65_HS1-834228961_62-HQ-83894_Serial_164
Agency: FBI
Page 84
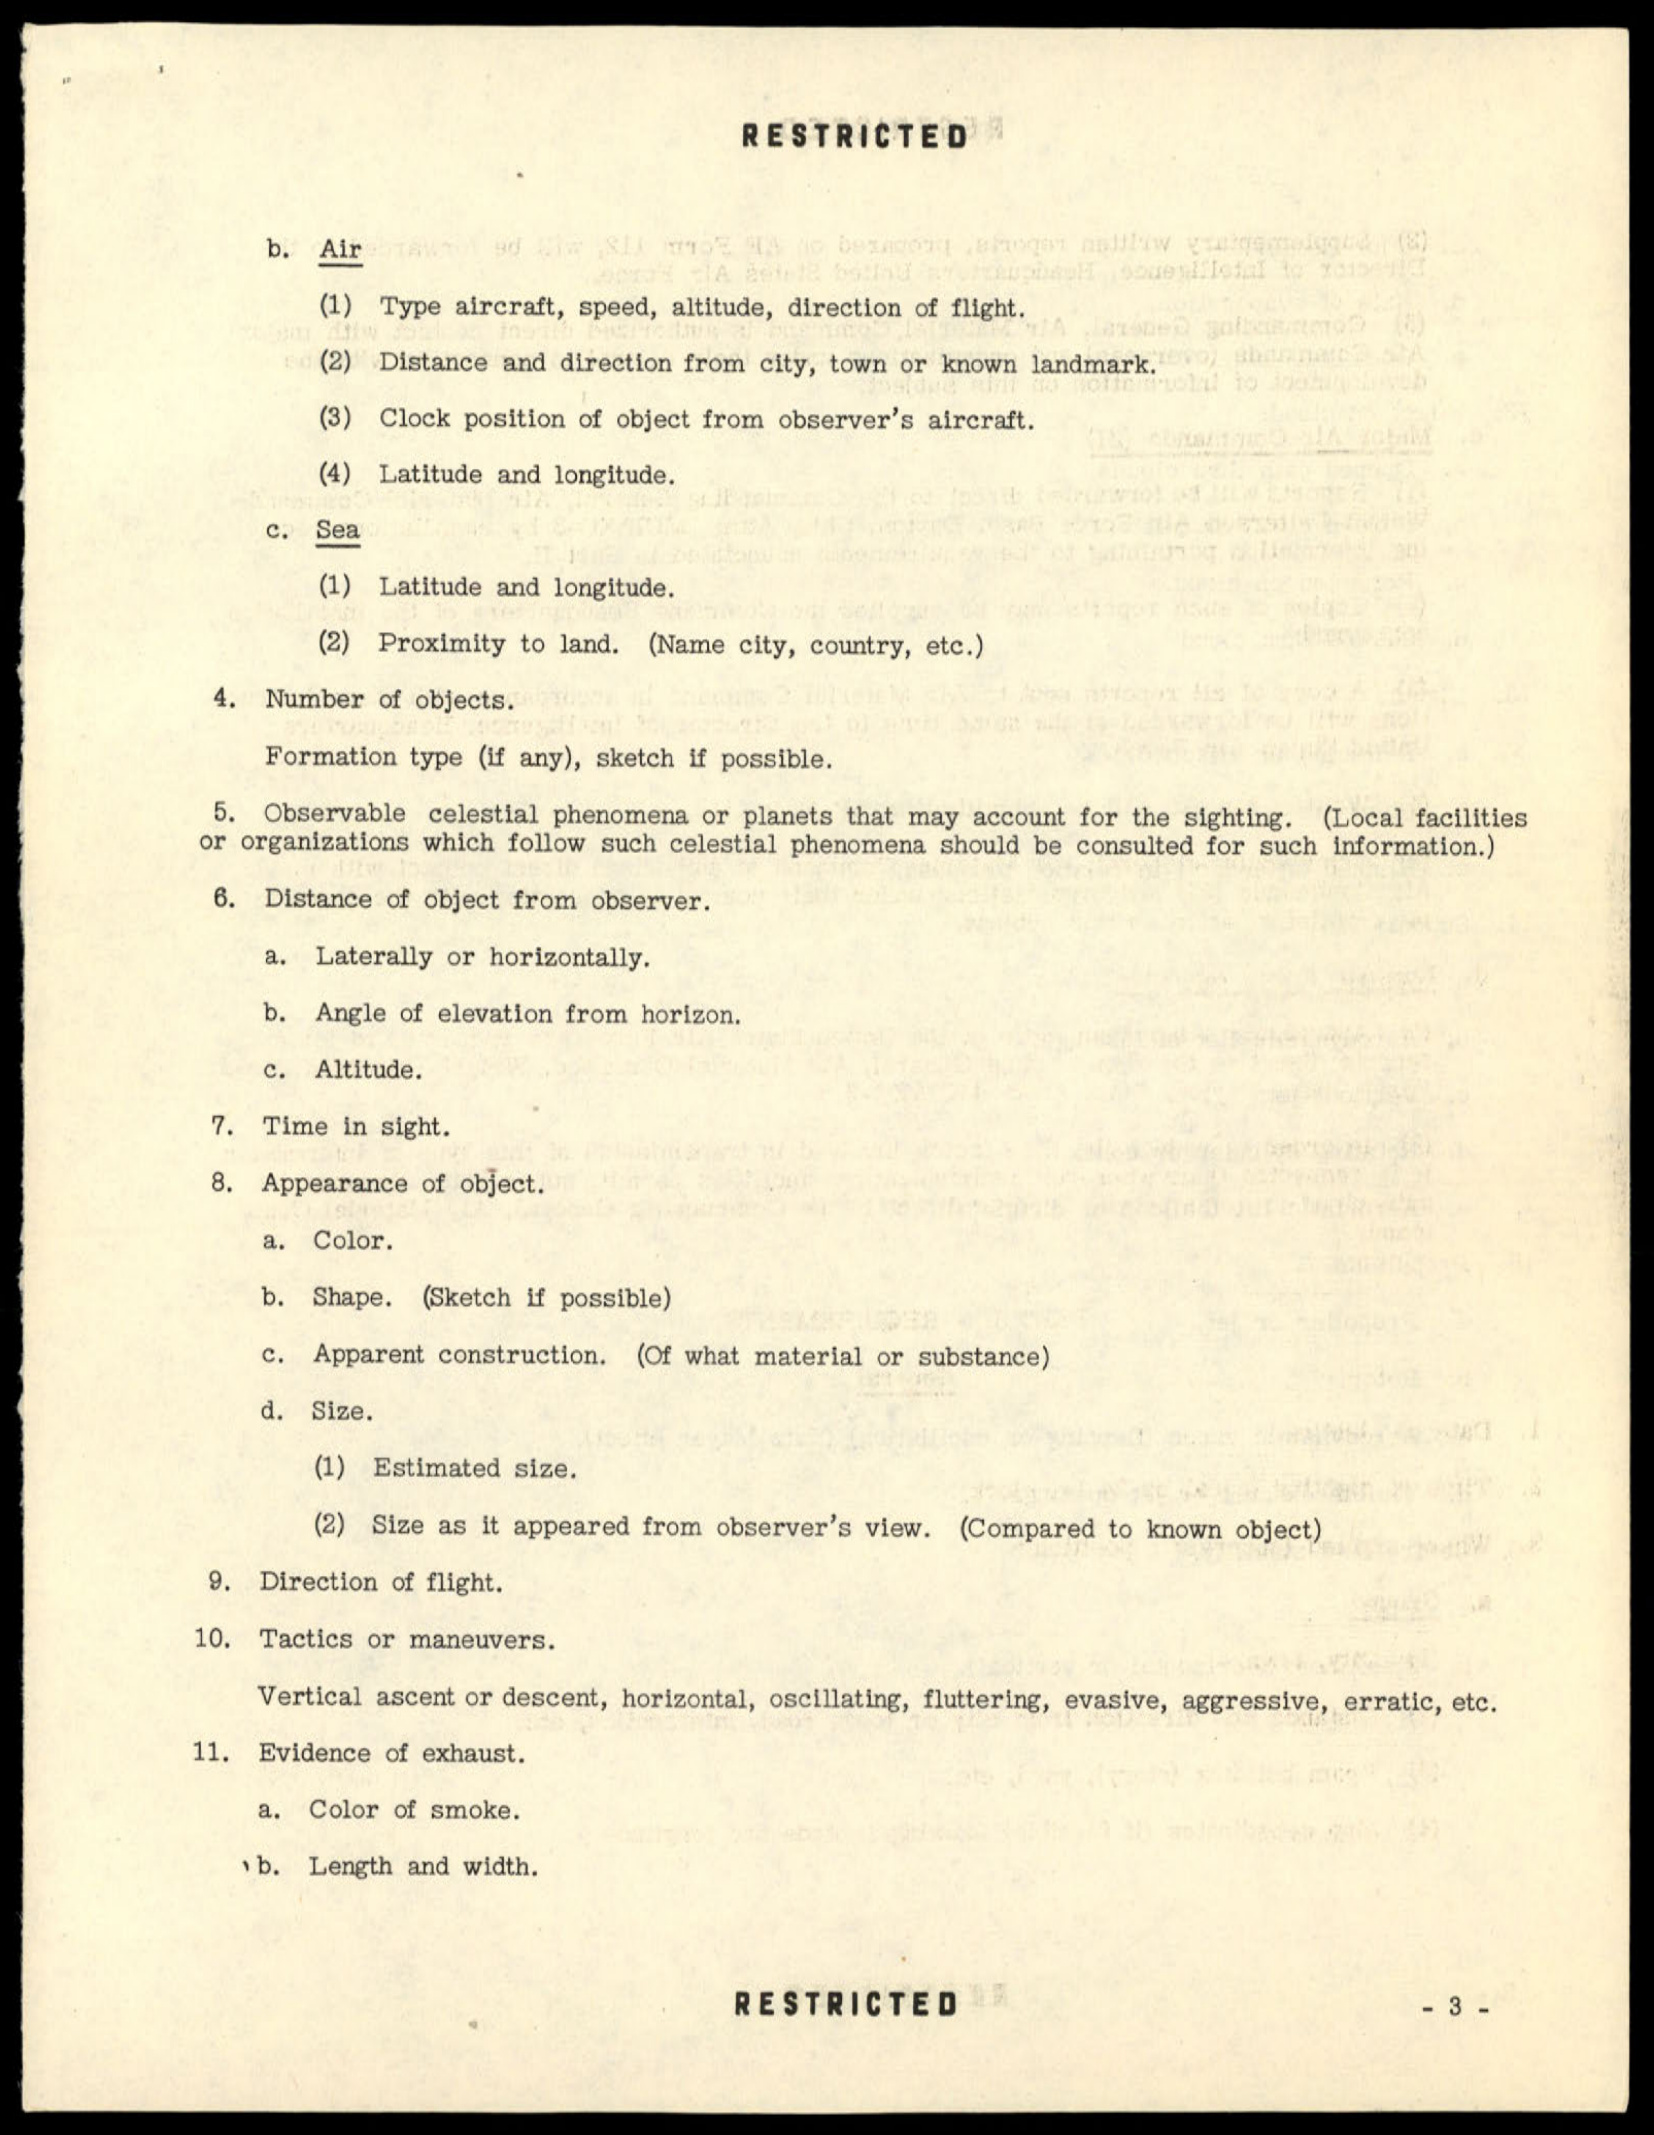